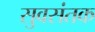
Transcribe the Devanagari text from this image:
सुवसंतक